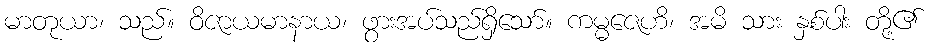
မာတုယာ၊ သည်။ ဝိဇာယမာနာယ၊ ဖွားအပ်သည်ရှိသော်။ ကမ္မဇေဟိ၊ အမိ သား နှစ်ပါး တို့၏